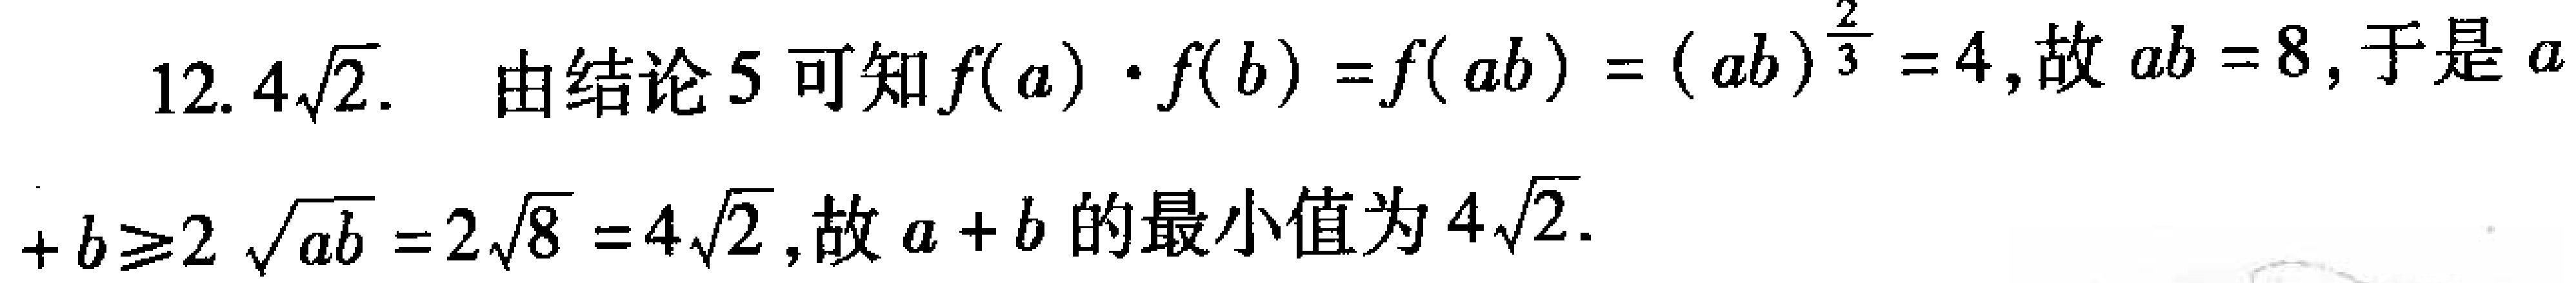
12. \(4\sqrt{2}\). 由结论 5 可知\(f(a)\cdot f(b)=f(ab)=(ab)^{\frac{2}{3}} = 4\), 故\(ab = 8\), 于是\(a + b\geqslant2\sqrt{ab}=2\sqrt{8}=4\sqrt{2}\), 故\(a + b\)的最小值为\(4\sqrt{2}\).